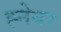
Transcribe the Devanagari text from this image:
ह्नेयर